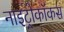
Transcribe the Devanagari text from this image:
नाइट्रोकॉकस